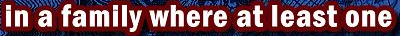
in a family where at least one